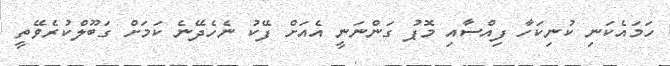
ހަމައެކަނި ކުނިކަހާ ފިއްސާއި މޮޕު ގަންނަނީ އެއަށް ފޭކު ނެހެދޭނެ ކަމަށް ގަބޫލްކުރެވޭތީ